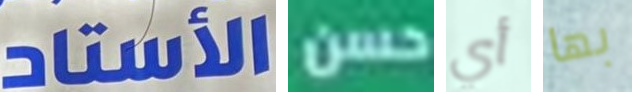
الأستاد حسن أي بها